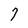
Character: 7